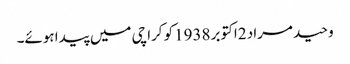
وحید مراد 2اکتوبر 1938کو کراچی میں پیدا ہوئے۔